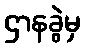
ဌာနခွဲမှ